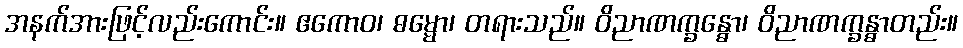
အနက်အားဖြင့်လည်းကောင်း။ ဧကောဝ၊ ဓမ္မော၊ တရားသည်။ ဝိညာဏက္ခန္ဓော၊ ဝိညာဏက္ခန္ဓာတည်း။